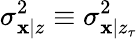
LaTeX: \sigma_{\mathbf{x}|z}^{2}\equiv\sigma_{\mathbf{x}|z_{\tau}}^{2}